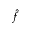
\hat { f }